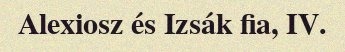
Alexiosz és Izsák fia, IV.